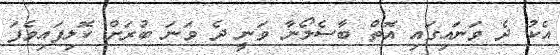
އެކު ދެ ވަނައިގައި އޮތް ބާސެލޯނާ ވަނީ ދެ ވަނަ ބުރަށް ކޮލިފައިވެފަ